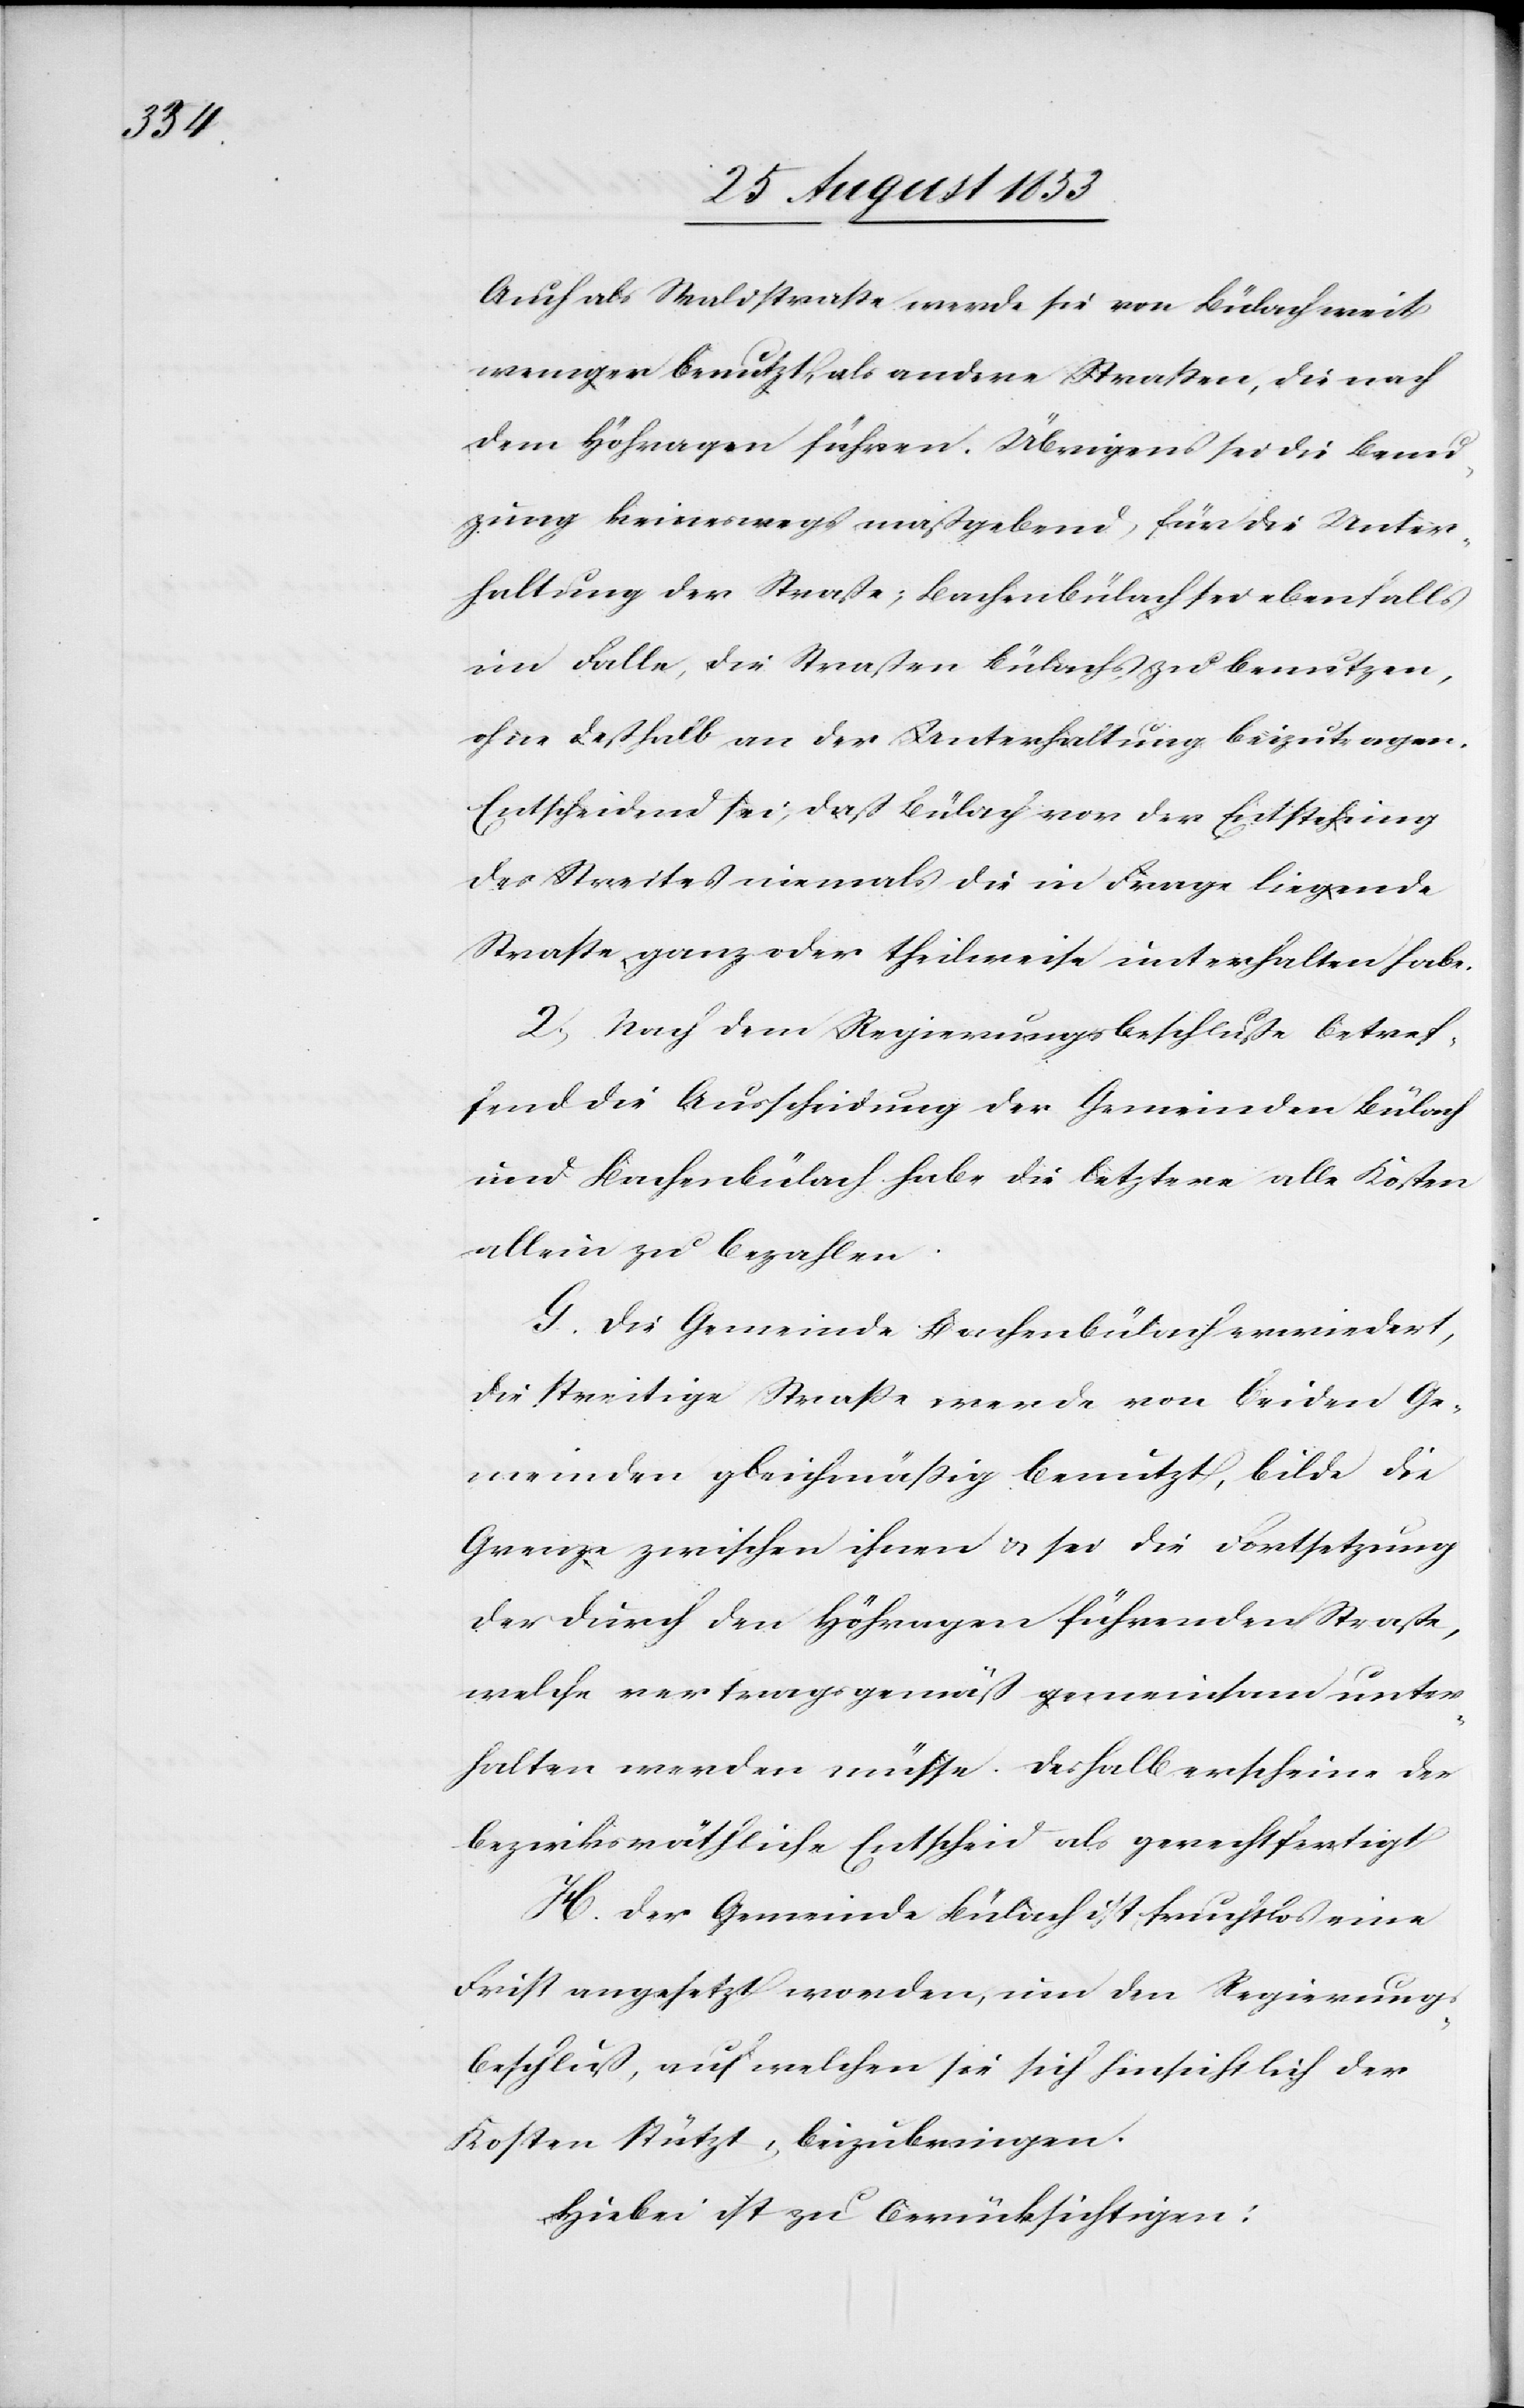
Auch als Waldstraße werde sie von Bülach weit
weniger benutzt, als andere Straßen, die nach
dem Höhragen führen. Übrigens sei die Benu¬
zung keineswegs maßgebend, für die Unter¬
haltung der Straße; Bachenbülach sei ebenfalls
im Falle, die Straße Bülachs zu benutzen,
ohne deßhalb an der Unterhaltung beizutragen.
Entscheidend sei, daß Bülach vor der Entstehung
des Streites niemals die in Frage liegende
Straße ganz oder theilsweise unterhalten habe.
2, Nach dem Regierungsbeschluße betref¬
fend die Ausscheidung der Gemeinden Bülach
u. Bachenbülach habe die letztere alle Kosten
allein zu bezahlen.
G. Die Gemeinde Bachenbülach erwiedert,
die streitige Straße werde von beiden Ge¬
meinden gleichmäßig benutzt, bilde die
Grenze zwischen ihnen u. sei die Fortsetzung
der durch den Höhragen führenden Straße,
welche vertragsgemäß gemeinsam unter¬
halten werden müsse. Deshalb erscheine der
bezirksräthliche Entscheid als gerechtfertigt.
H. Der Gemeinde Bülach ist fruchtlos eine
Frist angesetzt worden, um den Regierungs¬
beschluß, auf welchen sie sich hinsichtlich der
Kosten stützt, beizubringen.
Hiebei ist zu berücksichtigen: